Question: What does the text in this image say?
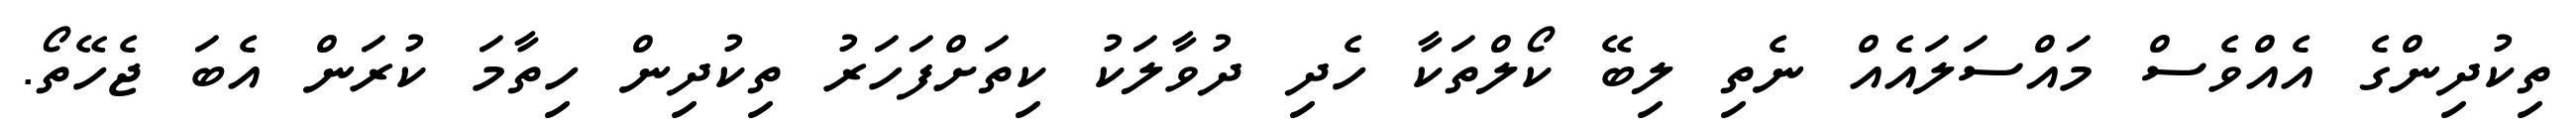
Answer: ތިކުދިންގެ އެއްވެސް މައްސަލައެއް ނެތި ލިބޭ ކޯލްތަކާ ހެދި ދުވާލަކު ކިތަށްފަހަރު ތިކުދިން ހިތާމަ ކުރަން އެބަ ޖެހޭތޯ.